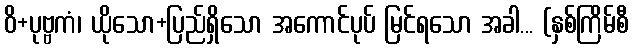
ဝိ+ပုဗ္ဗကံ၊ ယိုသော+ပြည်ရှိသော အကောင်ပုပ် မြင်ရသော အခါ... (နှစ်ကြိမ်စီ